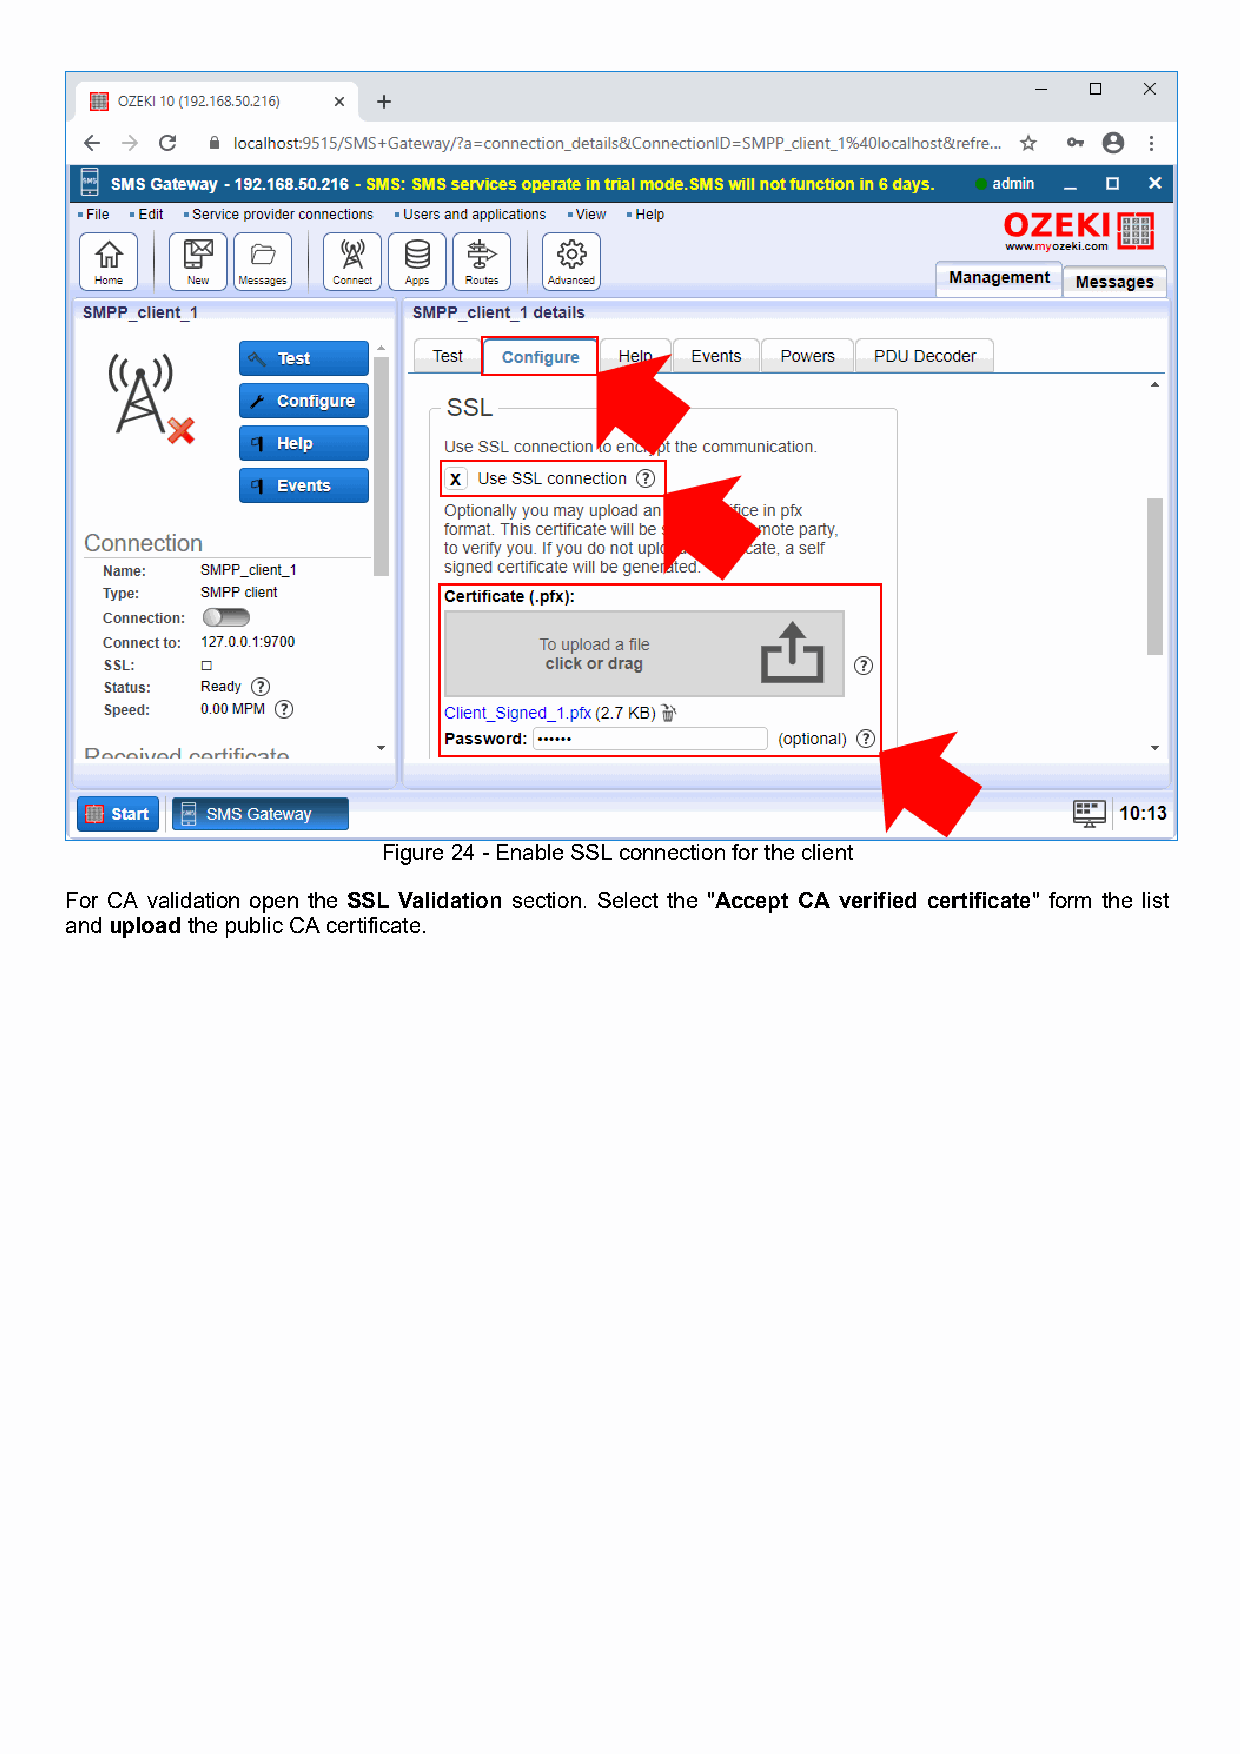
Figure 24 - Enable SSL connection for the client
 For CA validation open the SSL Validation section. Select the "Accept CA verified certificate" form the list
 and upload the public CA certificate.